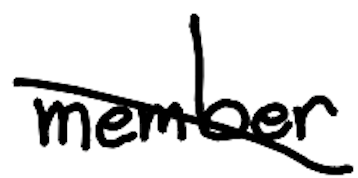
Text: member
Cross-out: diagonal
Writing tool: digital_black